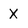
Character: X